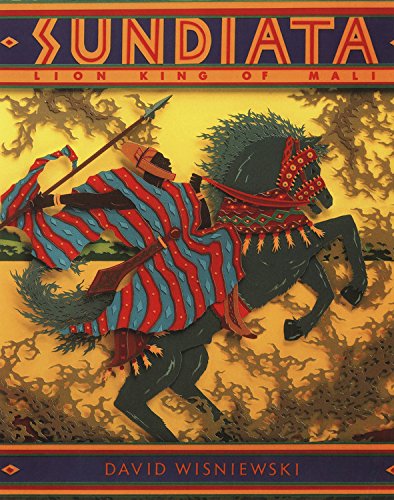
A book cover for Sundiata: Lion King of Mali; David Wisniewski; Children's Books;